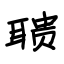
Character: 聩